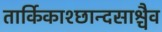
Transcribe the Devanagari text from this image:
तार्किकाश्छान्दसाश्चैव